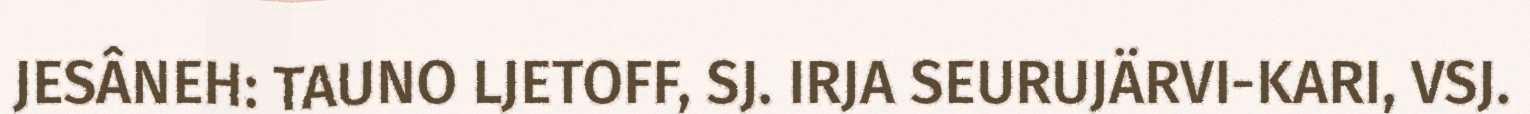
JESÂNEH: TAUNO LJETOFF, SJ. IRJA SEURUJÄRVI-KARI, VSJ.